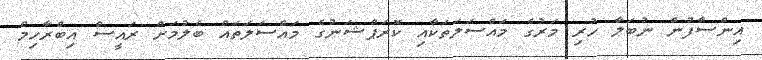
އިންސާފުން ނުބަލާ ހުރި މަރުގެ މައްސަލަތަކާއި ކޮރަޕްޝަނުގެ މައްސަލަތައް ބެލުމަށް ރައީސް އިބްރާހިމް